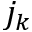
j _ { k }